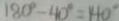
1 8 0 ^ { \circ } - 4 0 ^ { \circ } = 1 4 0 ^ { \circ }